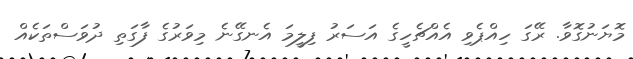
މޮޔަނުގޮވާ. ރޭގަ ހިއްޕެވި އެއްޗެހީގެ އަސަރު ފިލީމަ އެނގޭނެ މިވަރުގެ ފާގަތި ދުވަސްތަކެއް